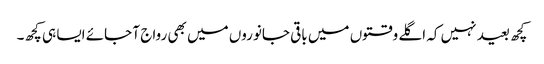
کچھ بعید نہیں کہ اگلے وقتوں میں باقی جانوروں میں بھی رواج آ جائے ایسا ہی کچھ۔